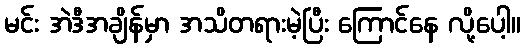
မင်း အဲဒီအချိန်မှာ အသိတရားမဲ့ပြီး ကြောင်နေ လို့ပေါ့။